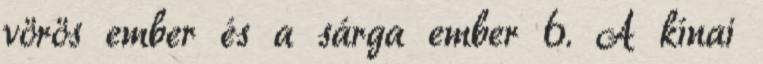
vörös ember és a sárga ember 6. A kínai